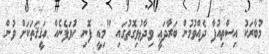
މުބާރަކު އިސްތިއުފާ ދެއްވުމުން ބަރާދަޢީ ވިދާޅުވިގޮތުގައި "މިއީ ފޮނި ހުވަފެނެއް ޙަޤީޤަތަކަށް ވުން